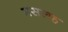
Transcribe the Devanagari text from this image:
मसलह